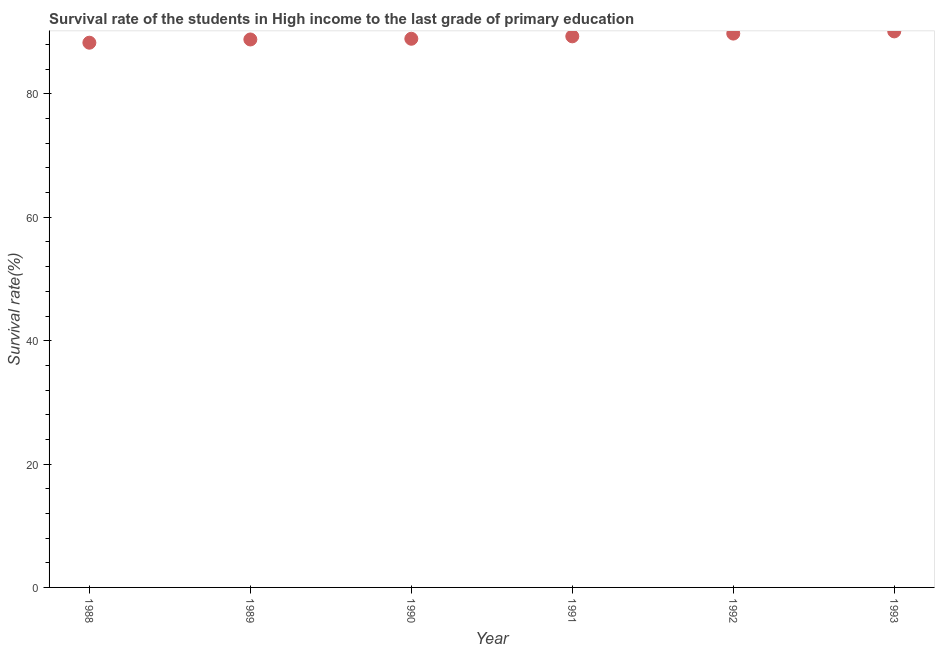
| Year | Primary Education |
 | --- | --- |
 | 1988 | 88.3 |
 | 1989 | 88.8 |
 | 1990 | 88.9 |
 | 1991 | 89.3 |
 | 1992 | 89.8 |
 | 1993 | 90.1 |